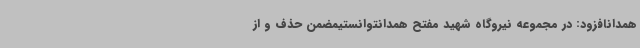
همدانافزود: در مجموعه نیروگاه شهید مفتح همدانتوانستیمضمن حذف و از